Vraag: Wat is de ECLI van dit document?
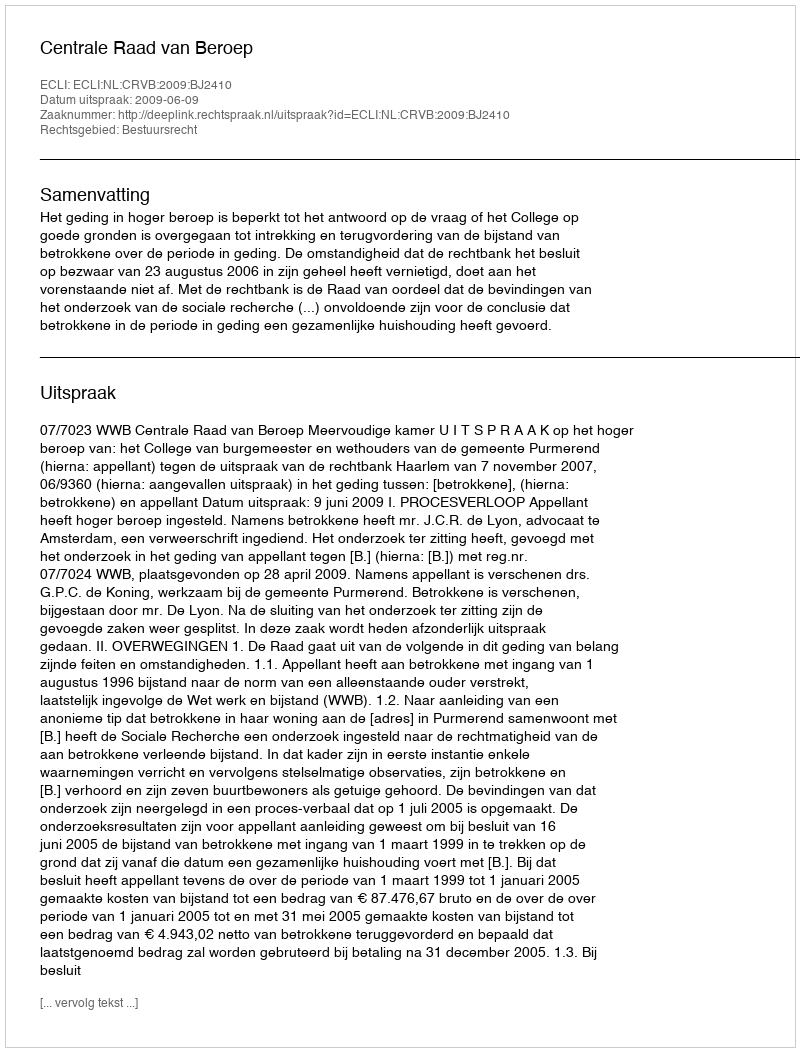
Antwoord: ECLI:NL:CRVB:2009:BJ2410